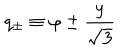
q _ { \pm } \equiv \varphi \pm { \frac { y } { \sqrt { 3 } } }